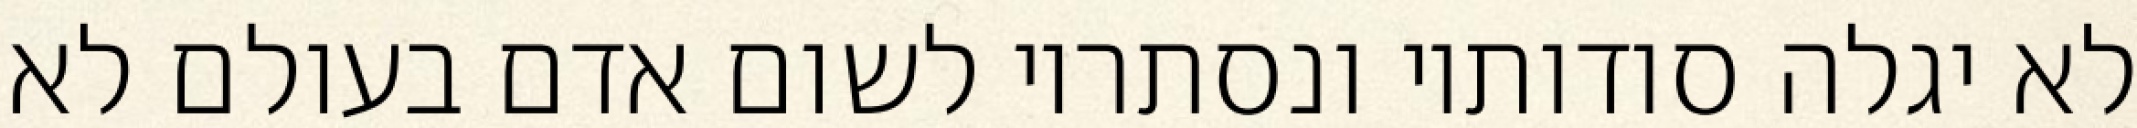
לא יגלה סודותיו ונסתריו לשום אדם בעולם לא